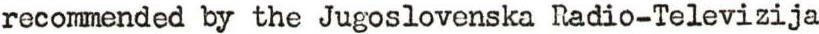
recommended by the Jugoslovenska Radio-Televizija